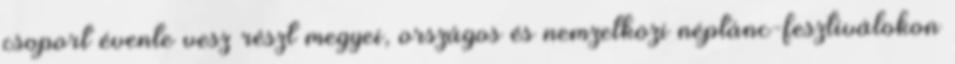
csoport évente vesz részt megyei, országos és nemzetközi néptánc-fesztiválokon